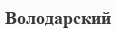
Володарский